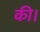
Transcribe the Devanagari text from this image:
की।